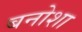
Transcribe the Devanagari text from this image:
बनोशा